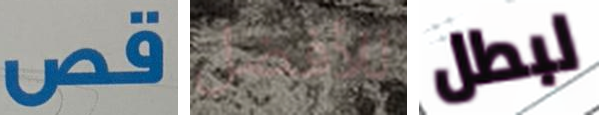
قص للأفضل لبطل